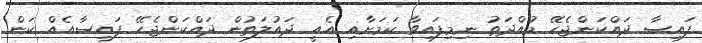
ފައިސާ ދައްކަންޖެހޭ މުއްދަތު ނިމިފައިވާ ކަމަށާއި އެއީ ދައުލަތުން ދައްކަންޖެހޭ ފައިސާއެއް ކަން